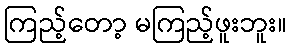
ကြည့်တော့ မကြည့်ဖူးဘူး။